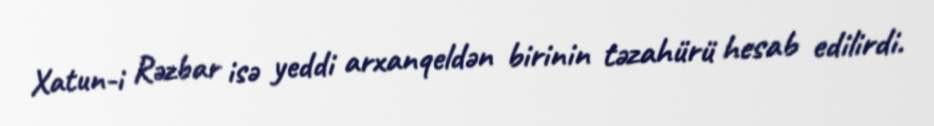
Xatun-i Rəzbar isə yeddi arxanqeldən birinin təzahürü hesab edilirdi.